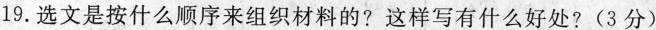
19.选文是按什么顺序来组织材料的?这样写有什么好处?(3分)